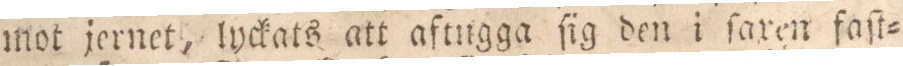
mot jernet, lyckats att aftngga ſig den i ſaxen faſt=